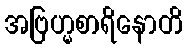
အဗြဟ္မစာရိနောတိ